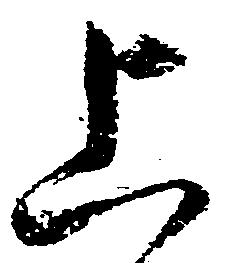
上